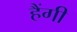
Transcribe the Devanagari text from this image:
हैंगी